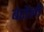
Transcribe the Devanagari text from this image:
बेरौली